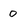
Character: 0